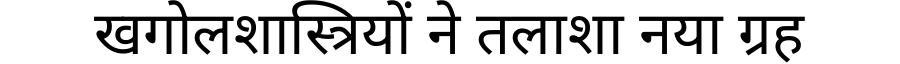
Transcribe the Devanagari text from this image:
खगोलशास्त्रियों ने तलाशा नया ग्रह